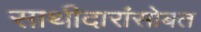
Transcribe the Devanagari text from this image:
साथीदारांसोबत